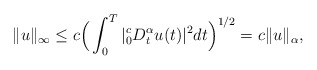
\begin{align*}\|u\|_{\infty} \le c\Big(\int_0^T |_0^c D_t^{\alpha} u(t)|^2 dt \Big)^{1/2}= c \|u\|_{\alpha}, \end{align*}